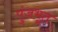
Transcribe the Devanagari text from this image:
पुंजभूत